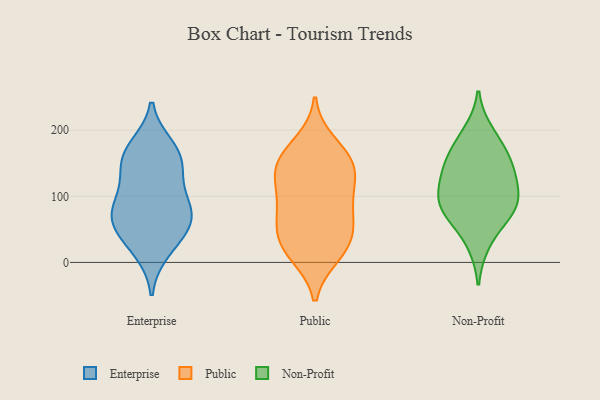
{"axis": {"x": "Backlog", "y": "Value"}, "legend": ["Enterprise", "Non-Profit", "Public"], "data": [{"x": "", "y": 37, "type": "Enterprise"}, {"x": "", "y": 174, "type": "Enterprise"}, {"x": "", "y": 58, "type": "Enterprise"}, {"x": "", "y": 18, "type": "Enterprise"}, {"x": "", "y": 65, "type": "Enterprise"}, {"x": "", "y": 85, "type": "Enterprise"}, {"x": "", "y": 116, "type": "Enterprise"}, {"x": "", "y": 68, "type": "Enterprise"}, {"x": "", "y": 85, "type": "Enterprise"}, {"x": "", "y": 157, "type": "Enterprise"}, {"x": "", "y": 162, "type": "Enterprise"}, {"x": "", "y": 147, "type": "Enterprise"}, {"x": "", "y": 41, "type": "Public"}, {"x": "", "y": 148, "type": "Public"}, {"x": "", "y": 14, "type": "Public"}, {"x": "", "y": 128, "type": "Public"}, {"x": "", "y": 102, "type": "Public"}, {"x": "", "y": 66, "type": "Public"}, {"x": "", "y": 29, "type": "Public"}, {"x": "", "y": 180, "type": "Public"}, {"x": "", "y": 12, "type": "Public"}, {"x": "", "y": 96, "type": "Public"}, {"x": "", "y": 80, "type": "Public"}, {"x": "", "y": 46, "type": "Public"}, {"x": "", "y": 158, "type": "Public"}, {"x": "", "y": 148, "type": "Public"}, {"x": "", "y": 144, "type": "Public"}, {"x": "", "y": 90, "type": "Non-Profit"}, {"x": "", "y": 146, "type": "Non-Profit"}, {"x": "", "y": 154, "type": "Non-Profit"}, {"x": "", "y": 138, "type": "Non-Profit"}, {"x": "", "y": 196, "type": "Non-Profit"}, {"x": "", "y": 75, "type": "Non-Profit"}, {"x": "", "y": 119, "type": "Non-Profit"}, {"x": "", "y": 29, "type": "Non-Profit"}, {"x": "", "y": 177, "type": "Non-Profit"}, {"x": "", "y": 83, "type": "Non-Profit"}, {"x": "", "y": 105, "type": "Non-Profit"}, {"x": "", "y": 75, "type": "Non-Profit"}]}